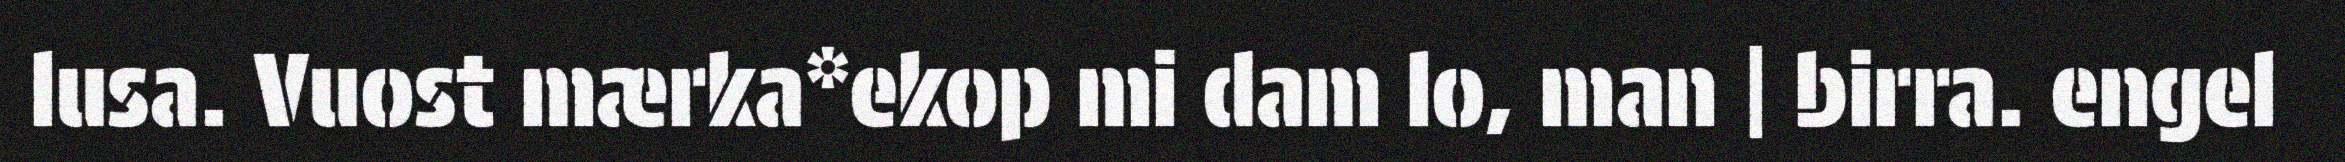
lusa. Vuost mærka*ekop mi dam lo, man | birra. engel